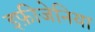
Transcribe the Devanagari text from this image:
इफ़ीजेनिया